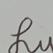
Signature authenticity: genuine